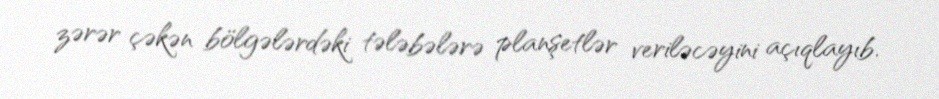
zərər çəkən bölgələrdəki tələbələrə planşetlər veriləcəyini açıqlayıb.